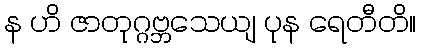
န ဟိ ဇာတုဂ္ဂဗ္ဘသေယျ ပုန ရေတီတိ။